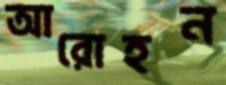
আরোহন